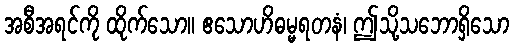
အစီအရင်ကို ထိုက်သော။ ဧသောဟိဓမ္မရတနံ၊ ဤသို့သဘောရှိသော